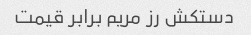
دستکش رز مریم برابر قیمت